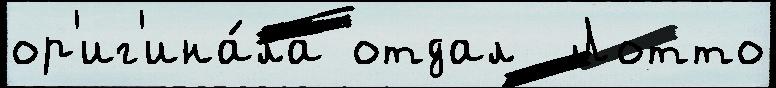
ор'иг'ина́ла отдал  Лотто